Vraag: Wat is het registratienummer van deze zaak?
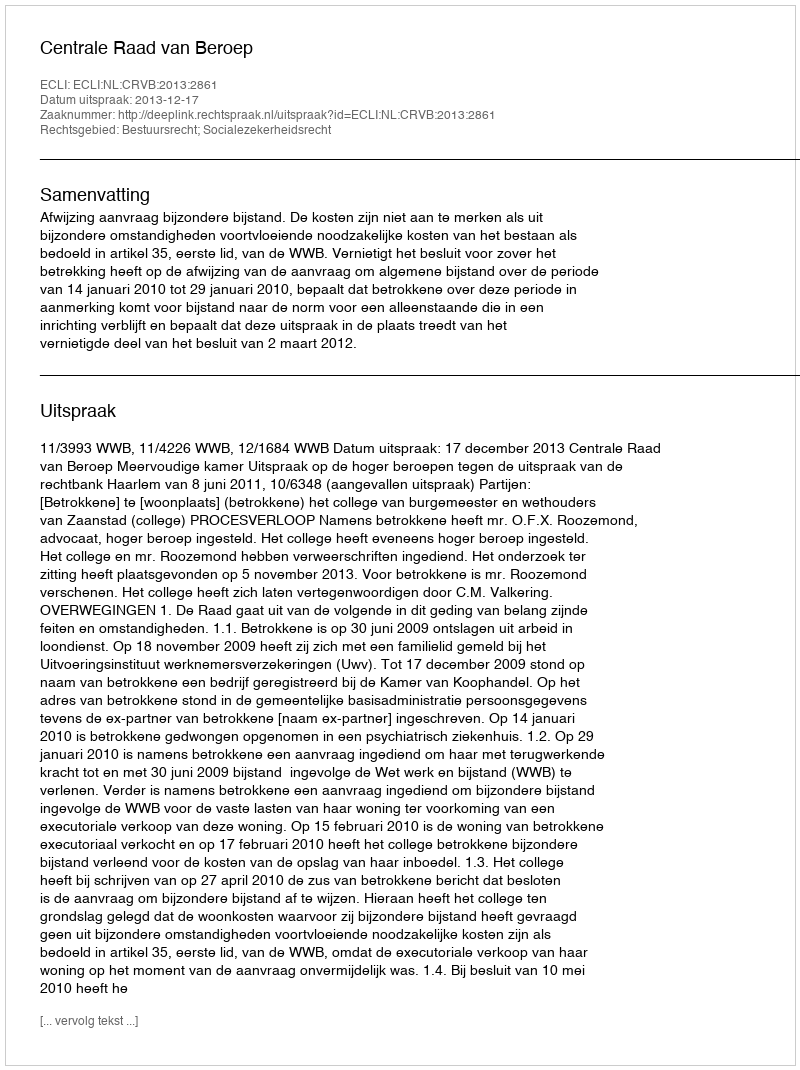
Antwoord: http://deeplink.rechtspraak.nl/uitspraak?id=ECLI:NL:CRVB:2013:2861